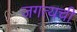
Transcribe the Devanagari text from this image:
जगत्यची